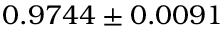
0 . 9 7 4 4 \pm 0 . 0 0 9 1